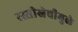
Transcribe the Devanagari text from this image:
रस्सीखेचीमुळे